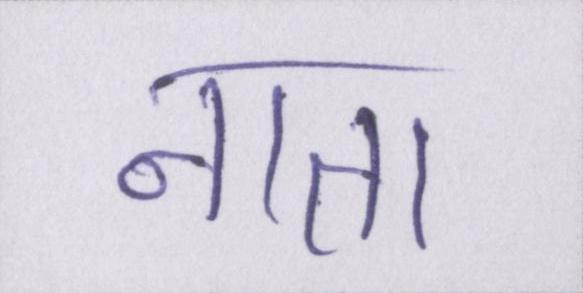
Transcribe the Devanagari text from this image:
नाता